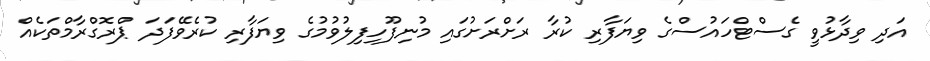
އަދި ވިދާޅުވީ ގެސްޓްހައުސްގެ ވިޔަފާރި ކުރާ ރަށްރަށުގައި މުނިފޫހިފިލުވުމުގެ ވިޔަފާރި ކުރެވޭފަދަ ޕްރޮގްރާމްތަކެއް